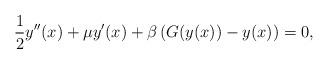
LaTeX: \begin{align*}\frac{1}{2}y^{\prime \prime}(x)+\mu y^{\prime}(x)+\beta\left(G(y(x))-y(x)\right)=0,\end{align*}